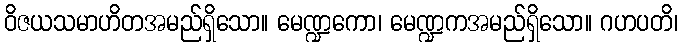
ဝိဇယသမာဟိတအမည်ရှိသော။ မေဏ္ဍကော၊ မေဏ္ဍကအမည်ရှိသော။ ဂဟပတိ၊